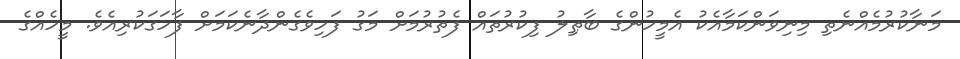
މަނާކުރުމެއްނެތި މިނިވަންކަމާއެކު އެމީހުންގެ ބާޠިލު ފިކުރުތައް ފެތުރުމަށް މަގު ފަހިވެގެންދާނެކަމަށް ފާހަގަކުރިއެވެ. މީހެއްގެ